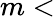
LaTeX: m<